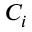
C _ { i }